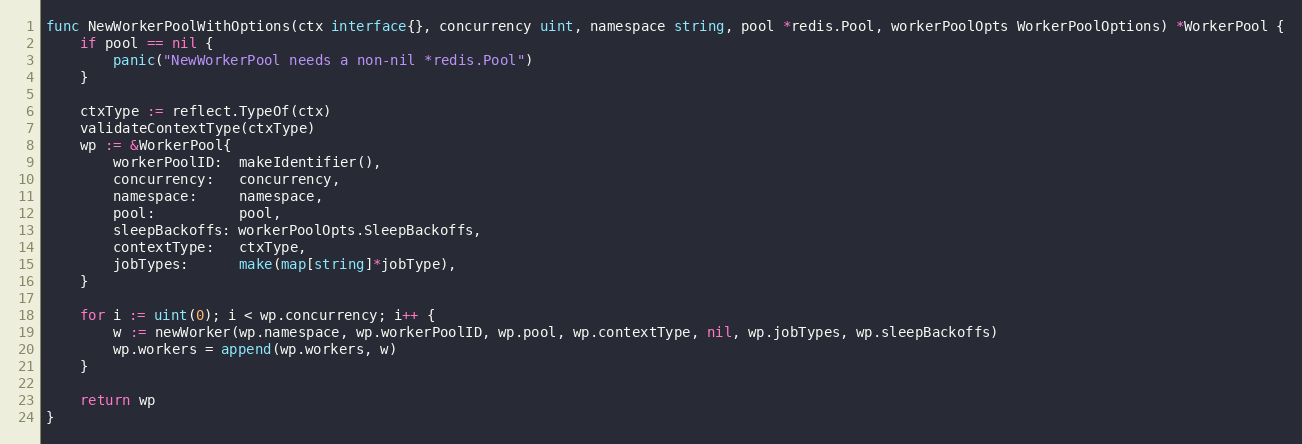
Language: Go
func NewWorkerPoolWithOptions(ctx interface{}, concurrency uint, namespace string, pool *redis.Pool, workerPoolOpts WorkerPoolOptions) *WorkerPool {
	if pool == nil {
		panic("NewWorkerPool needs a non-nil *redis.Pool")
	}

	ctxType := reflect.TypeOf(ctx)
	validateContextType(ctxType)
	wp := &WorkerPool{
		workerPoolID:  makeIdentifier(),
		concurrency:   concurrency,
		namespace:     namespace,
		pool:          pool,
		sleepBackoffs: workerPoolOpts.SleepBackoffs,
		contextType:   ctxType,
		jobTypes:      make(map[string]*jobType),
	}

	for i := uint(0); i < wp.concurrency; i++ {
		w := newWorker(wp.namespace, wp.workerPoolID, wp.pool, wp.contextType, nil, wp.jobTypes, wp.sleepBackoffs)
		wp.workers = append(wp.workers, w)
	}

	return wp
}